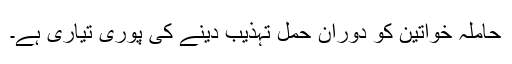
حاملہ خواتین کو دوران حمل تہذیب دینے کی پوری تیاری ہے۔